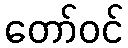
တော်ဝင်